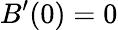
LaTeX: B^{\prime}(0)=0